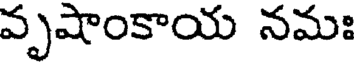
వృషాంకాయ నమః